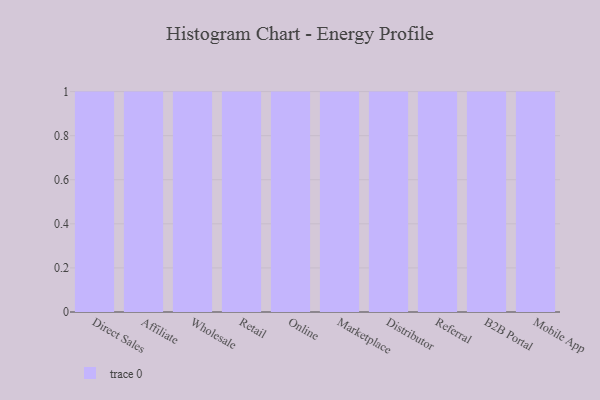
{"axis": {"x": "Channel", "y": "Satisfaction Score"}, "legend": [""], "data": [{"x": "Direct Sales", "y": 63, "type": ""}, {"x": "Affiliate", "y": 1, "type": ""}, {"x": "Wholesale", "y": 90, "type": ""}, {"x": "Retail", "y": 79, "type": ""}, {"x": "Online", "y": 57, "type": ""}, {"x": "Marketplace", "y": 56, "type": ""}, {"x": "Distributor", "y": 79, "type": ""}, {"x": "Referral", "y": 21, "type": ""}, {"x": "B2B Portal", "y": 43, "type": ""}, {"x": "Mobile App", "y": 32, "type": ""}]}